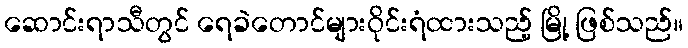
ဆောင်းရာသီတွင် ရေခဲတောင်များဝိုင်းရံထားသည့် မြို့ ဖြစ်သည်။